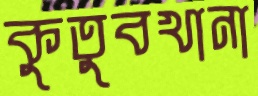
কুতুবখানা